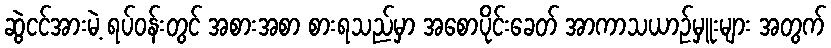
ဆွဲငင်အားမဲ့ ရပ်ဝန်းတွင် အစားအစာ စားရသည်မှာ အစောပိုင်းခေတ် အာကာသယာဉ်မှူးများ အတွက်